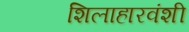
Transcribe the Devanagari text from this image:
शिलाहारवंशी